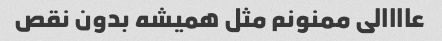
عاااالی ممنونم مثل همیشه بدون نقص